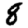
Digit: 8